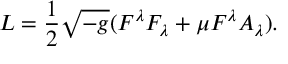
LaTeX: { \cal L } = { \frac { 1 } { 2 } } \sqrt { - g } ( F ^ { \lambda } F _ { \lambda } + \mu F ^ { \lambda } A _ { \lambda } ) .